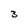
Character: 3